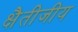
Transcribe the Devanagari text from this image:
क्षैतीजीय